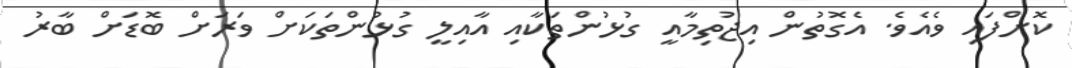
ކޮށްފައި ވެއެވެ. އެގޮތުން އިޖުތިމާއީ ގުޅުންތަކާއި އާއިލީ ގުޅުންތަކަށް ވަރަށް ބޮޑަށް ބާރު